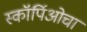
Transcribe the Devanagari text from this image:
स्कॉर्पिओचा